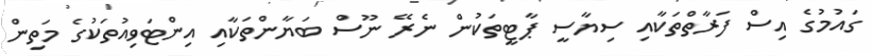
ގައުމުގެ އިސް ފަރާތްތަކާއި ސިޔާސީ ޕާޓީތަކުން ނެރޭ ނޫސް ބަޔާންތަކާއި އިންޓަވިއުތަކުގެ މަތިން